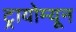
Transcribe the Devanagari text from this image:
ट्रायोम्यून